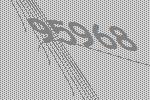
95968